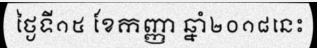
ថ្ងៃទី១៥ ខែកញ្ញា ឆ្នាំ២០១៨នេះ